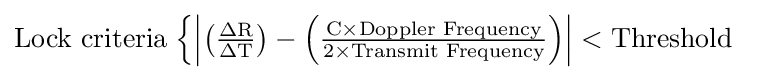
{\text{Lock criteria}}\;{\begin{cases}\mathrm {\left\vert \left({\frac {\Delta R}{\Delta T}}\right)-\left({\frac {C\times {\text{Doppler Frequency}}}{2\times {\text{Transmit Frequency}}}}\right)\right\vert <{\text{Threshold}}} \end{cases}}